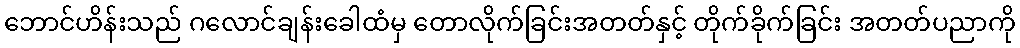
ဘောင်ဟိန်းသည် ဂလောင်ချန်းခေါထံမှ တောလိုက်ခြင်းအတတ်နှင့် တိုက်ခိုက်ခြင်း အတတ်ပညာကို